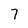
Character: 7